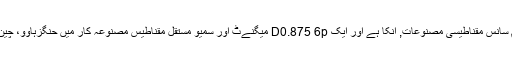
ہم سانس مقناطیسی مصنوعات, انکا ہے اور ایک D0.875 6p میگنےٹ اور سمیو مستقل مقناطیس مصنوعہ کار میں حنگزہاوو، چین ۔